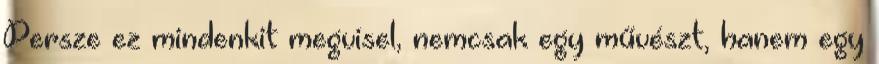
Persze ez mindenkit megvisel, nemcsak egy művészt, hanem egy